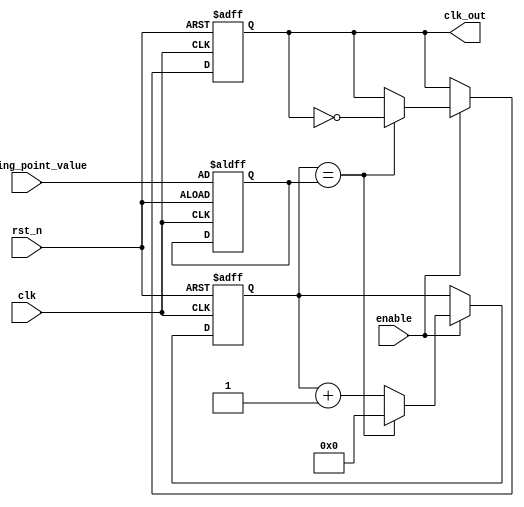
module floating_point_clock_divider (
    input wire clk,
    input wire rst_n,
    input wire enable,
    input wire [31:0] floating_point_value,
    output reg clk_out
);

reg [31:0] count;
reg [31:0] divisor;
reg [31:0] threshold;

always @ (posedge clk or negedge rst_n) begin
    if (~rst_n) begin
        count <= 0;
        divisor <= 0;
        threshold <= floating_point_value;
        clk_out <= 0;
    end else if (enable) begin
        if (count == threshold) begin
            clk_out <= ~clk_out;
            count <= 0;
        end else begin
            count <= count + 1;
        end
    end
end

endmodule